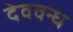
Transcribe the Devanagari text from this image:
देववन्ध